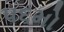
૫૬મો